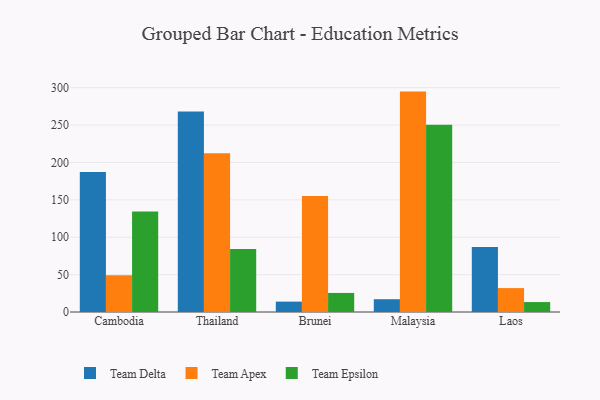
{"axis": {"x": "Country", "y": "Page Views"}, "legend": ["Team Apex", "Team Delta", "Team Epsilon"], "data": [{"x": "Cambodia", "y": 187.4, "type": "Team Delta"}, {"x": "Cambodia", "y": 49.0, "type": "Team Apex"}, {"x": "Cambodia", "y": 134.4, "type": "Team Epsilon"}, {"x": "Thailand", "y": 268.3, "type": "Team Delta"}, {"x": "Thailand", "y": 212.4, "type": "Team Apex"}, {"x": "Thailand", "y": 84.1, "type": "Team Epsilon"}, {"x": "Brunei", "y": 13.9, "type": "Team Delta"}, {"x": "Brunei", "y": 155.0, "type": "Team Apex"}, {"x": "Brunei", "y": 25.5, "type": "Team Epsilon"}, {"x": "Malaysia", "y": 17.1, "type": "Team Delta"}, {"x": "Malaysia", "y": 294.8, "type": "Team Apex"}, {"x": "Malaysia", "y": 250.3, "type": "Team Epsilon"}, {"x": "Laos", "y": 87.1, "type": "Team Delta"}, {"x": "Laos", "y": 32.0, "type": "Team Apex"}, {"x": "Laos", "y": 13.3, "type": "Team Epsilon"}]}